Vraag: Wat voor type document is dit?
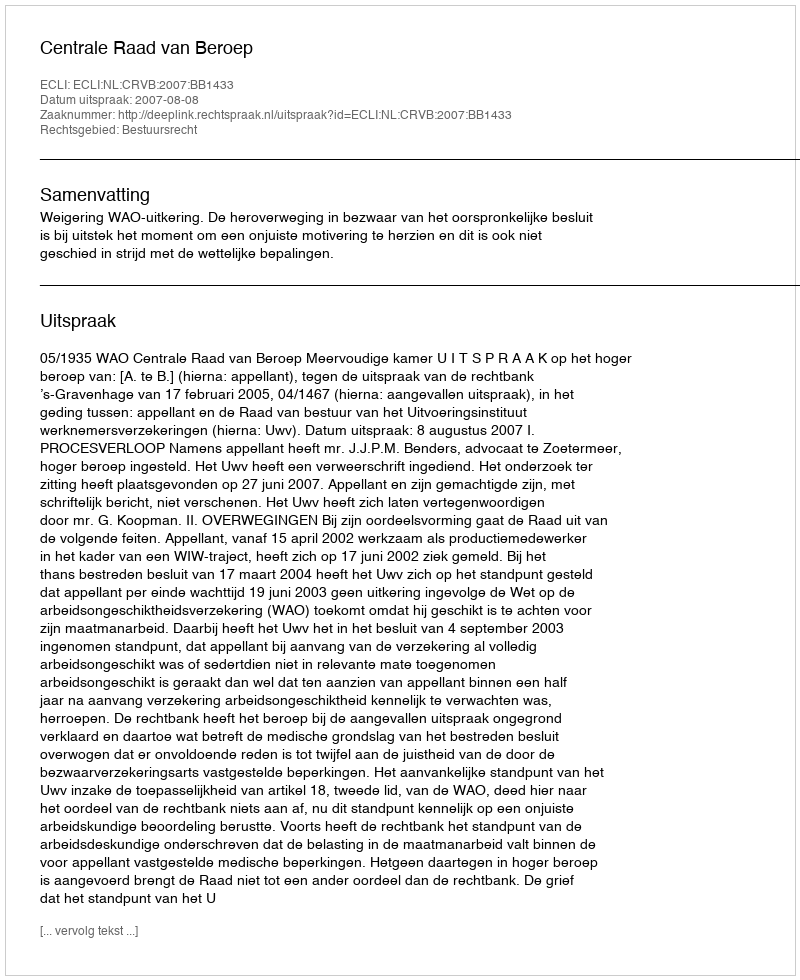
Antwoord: Uitspraak